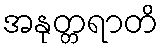
အနုတ္တရာတိ